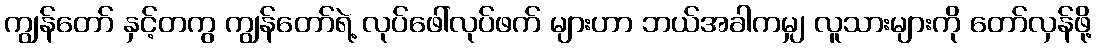
ကျွန်တော် နှင့်တကွ ကျွန်တော်ရဲ့ လုပ်ဖေါ်လုပ်ဖက် များဟာ ဘယ်အခါကမျှ လူသားများကို တော်လှန်ဖို့